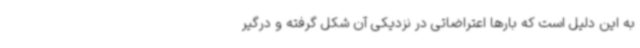
به این دلیل است که بارها اعتراضاتی در نزدیکی آن شکل گرفته و درگیر